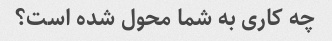
چه کاری به شما محول شده است؟